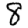
Digit: 8